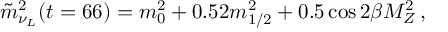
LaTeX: \tilde { m } _ { \nu _ { L } } ^ { 2 } ( t = 6 6 ) = m _ { 0 } ^ { 2 } + 0 . 5 2 m _ { 1 / 2 } ^ { 2 } + 0 . 5 \cos { 2 \beta } M _ { Z } ^ { 2 } \, ,